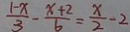
\frac { 1 - x } { 3 } - \frac { x + 2 } { 6 } = \frac { x } { 2 } - 2